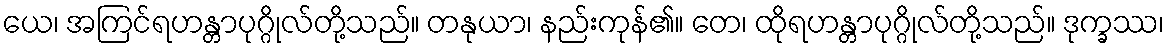
ယေ၊ အကြင်ရဟန္တာပုဂ္ဂိုလ်တို့သည်။ တနုယာ၊ နည်းကုန်၏။ တေ၊ ထိုရဟန္တာပုဂ္ဂိုလ်တို့သည်။ ဒုက္ခဿ၊